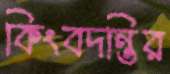
কিংবদন্তির